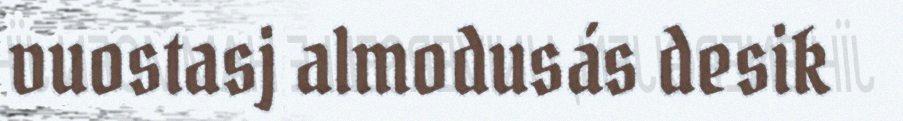
vuostasj almodusás desik